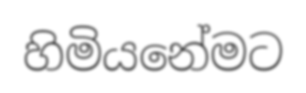
හිමියනේමට